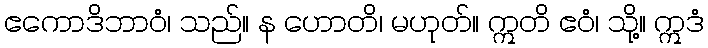
ဧကောဒိဘာဝံ၊ သည်။ န ဟောတိ၊ မဟုတ်။ ဣတိ ဧဝံ၊ သို့။ ဣဒံ